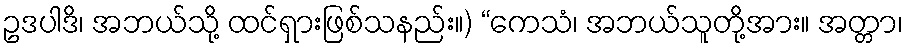
ဥဒပါဒိ၊ အဘယ်သို့ ထင်ရှားဖြစ်သနည်း။) “ကေသံ၊ အဘယ်သူတို့အား။ အတ္တာ၊